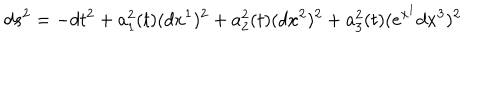
d s ^ { 2 } = - d t ^ { 2 } + a _ { 1 } ^ { 2 } ( t ) ( d x ^ { 1 } ) ^ { 2 } + a _ { 2 } ^ { 2 } ( t ) ( d x ^ { 2 } ) ^ { 2 } + a _ { 3 } ^ { 2 } ( t ) ( e ^ { x ^ { 1 } } d x ^ { 3 } ) ^ { 2 }